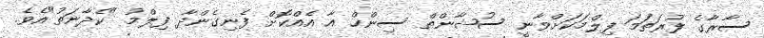
ސާރާގެ ފުރަތަމަ ފިލްމަކަށްވާނީ ސުޝާންތް ސިންހް އާ އެއްކޮށް ފެނިގެންދާ ފިލްމު "ކެދާނަތު"އެވެ.